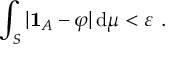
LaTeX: \int _ { S } | \mathbf { 1 } _ { A } - \varphi | \, \mathrm { d } \mu < \varepsilon \ .